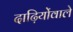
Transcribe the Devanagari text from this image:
दाढ़ियोंवाले